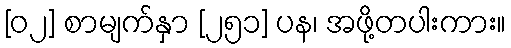
[၀၂] စာမျက်နှာ [၂၅၁] ပန၊ အဖို့တပါးကား။